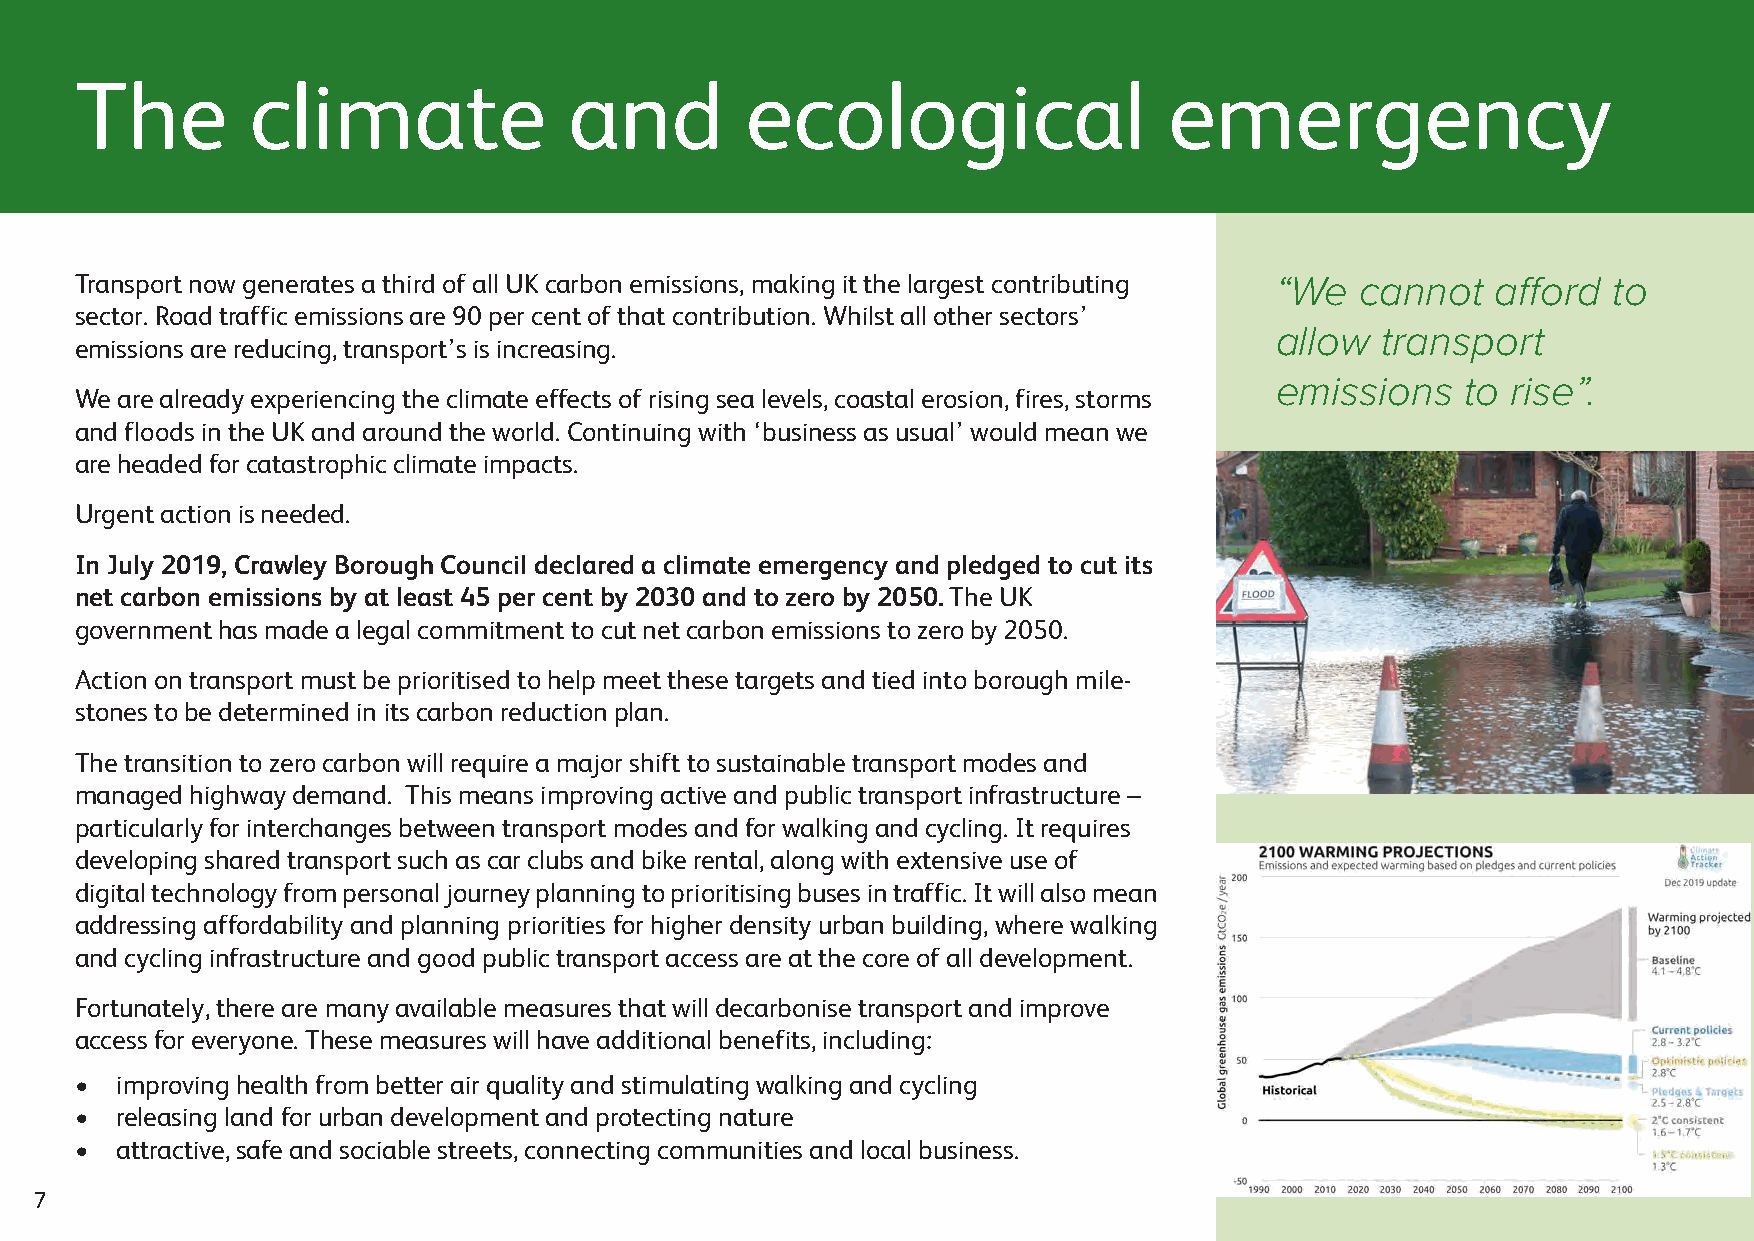
The         climate              and        ecological                  emergency
 Transport now generates a third of all UK carbon emissions, making it the largest contributing “We cannot afford to
 sector. Road traffic emissions are 90 per cent of that contribution. Whilst all other sectors’
 allow  transport
 emissions are reducing, transport’s is increasing.
 emissions    to rise”.
 We are already experiencing the climate effects of rising sea levels, coastal erosion, fires, storms
 and floods in the UK and around the world. Continuing with ‘business as usual’ would mean we
 are headed for catastrophic climate impacts.
 Urgent action is needed.
 In July 2019, Crawley Borough Council declared a climate emergency and pledged to cut its
 net carbon emissions by at least 45 per cent by 2030 and to zero by 2050. The UK
 government has made a legal commitment to cut net carbon emissions to zero by 2050.
 Action on transport must be prioritised to help meet these targets and tied into borough mile-
 stones to be determined in its carbon reduction plan.
 The transition to zero carbon will require a major shift to sustainable transport modes and
 managed highway demand. This means improving active and public transport infrastructure –
 particularly for interchanges between transport modes and for walking and cycling. It requires
 developing shared transport such as car clubs and bike rental, along with extensive use of
 digital technology from personal journey planning to prioritising buses in traffic. It will also mean
 addressing affordability and planning priorities for higher density urban building, where walking
 and cycling infrastructure and good public transport access are at the core of all development.
 Fortunately, there are many available measures that will decarbonise transport and improve
 access for everyone. These measures will have additional benefits, including:
 •  improving health from better air quality and stimulating walking and cycling
 •  releasing land for urban development and protecting nature
 •  attractive, safe and sociable streets, connecting communities and local business.
 7